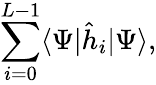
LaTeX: \sum_{i=0}^{L-1}\langle\Psi|\hat{h}_{i}|\Psi\rangle,